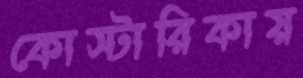
কোস্টারিকায়